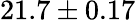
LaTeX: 21.7\pm 0.17